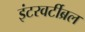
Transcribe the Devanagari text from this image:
इंटरवर्टीब्रल